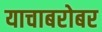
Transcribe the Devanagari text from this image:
याचाबरोबर